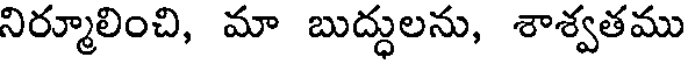
నిర్మూలించి, మా బుద్ధులను, శాశ్వతము